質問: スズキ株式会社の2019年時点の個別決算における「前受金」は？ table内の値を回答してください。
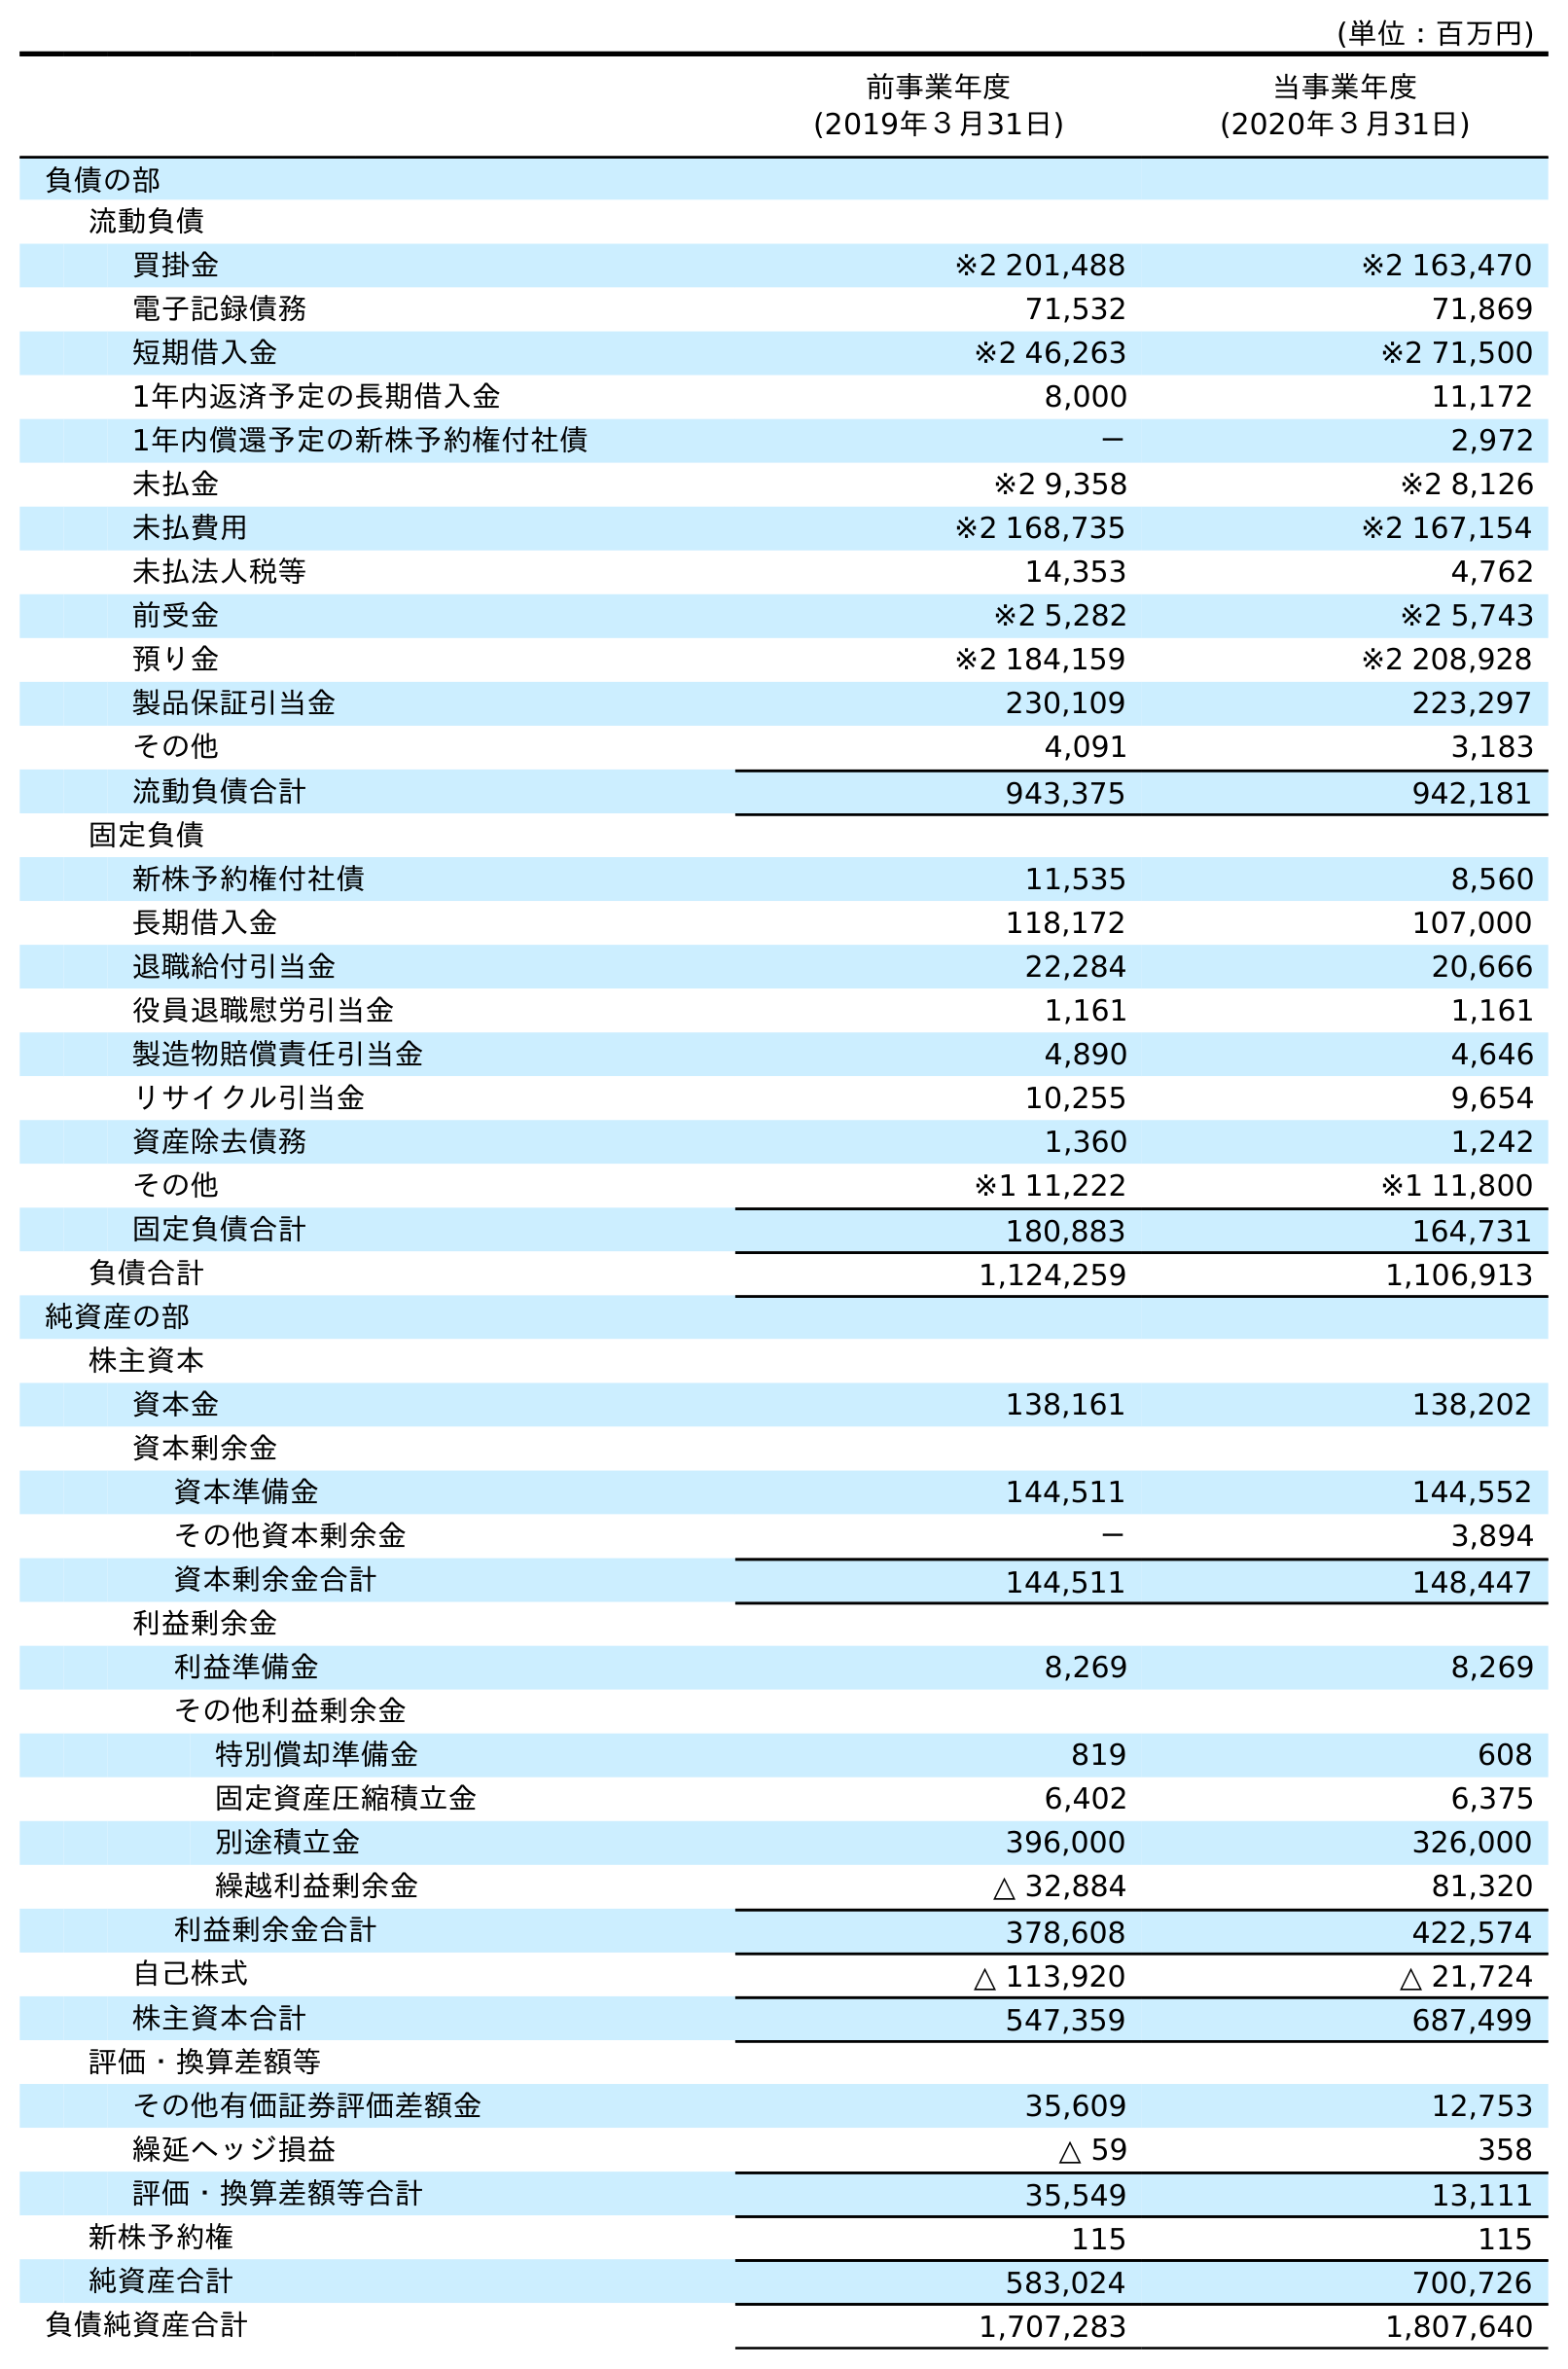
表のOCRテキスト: (単位：百万円) 前事業年度 (2019年３月31日) 当事業年度 (2020年３月31日) 負債の部 流動負債 買掛金 ※2 201,488 ※2 163,470 電子記録債務 71,532 71,869 短期借入金 ※2 46,263 ※2 71,500 1年内返済予定の長期借入金 8,000 11,172 1年内償還予定の新株予約権付社債 － 2,972 未払金 ※2 9,358 ※2 8,126 未払費用 ※2 168,735 ※2 167,154 未払法人税等 14,353 4,762 前受金 ※2 5,282 ※2 5,743 預り金 ※2 184,159 ※2 208,928 製品保証引当金 230,109 223,297 その他 4,091 3,183 流動負債合計 943,375 942,181 固定負債 新株予約権付社債 11,535 8,560 長期借入金 118,172 107,000 退職給付引当金 22,284 20,666 役員退職慰労引当金 1,161 1,161 製造物賠償責任引当金 4,890 4,646 リサイクル引当金 10,255 9,654 資産除去債務 1,360 1,242 その他 ※1 11,222 ※1 11,800 固定負債合計 180,883 164,731 負債合計 1,124,259 1,106,913 純資産の部 株主資本 資本金 138,161 138,202 資本剰余金 資本準備金 144,511 144,552 その他資本剰余金 － 3,894 資本剰余金合計 144,511 148,447 利益剰余金 利益準備金 8,269 8,269 その他利益剰余金 特別償却準備金 819 608 固定資産圧縮積立金 6,402 6,375 別途積立金 396,000 326,000 繰越利益剰余金 △ 32,884 81,320 利益剰余金合計 378,608 422,574 自己株式 △ 113,920 △ 21,724 株主資本合計 547,359 687,499 評価・換算差額等 その他有価証券評価差額金 35,609 12,753 繰延ヘッジ損益 △ 59 358 評価・換算差額等合計 35,549 13,111 新株予約権 115 115 純資産合計 583,024 700,726 負債純資産合計 1,707,283 1,807,640
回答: ※25,282